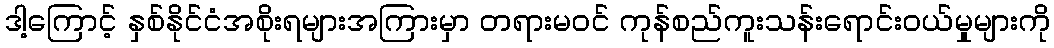
ဒါ့ကြောင့် နှစ်နိုင်ငံအစိုးရများအကြားမှာ တရားမဝင် ကုန်စည်ကူးသန်းရောင်းဝယ်မှုများကို